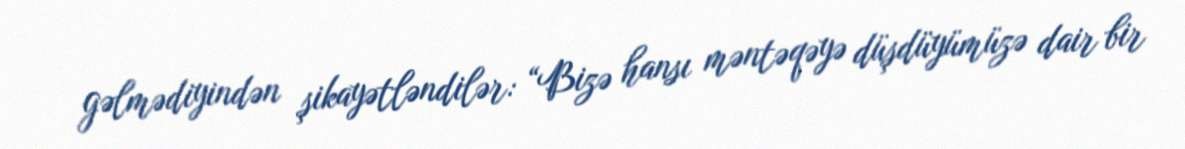
gəlmədiyindən şikayətləndilər: “Bizə hansı məntəqəyə düşdüyümüzə dair bir